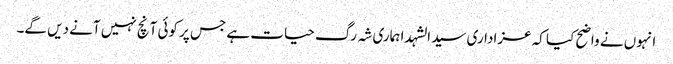
انہوں نے واضح کیا کہ عزاداری سید الشہدا ہماری شہ رگ حیات ہے جس پر کوئی آنچ نہیں آنے دیں گے۔